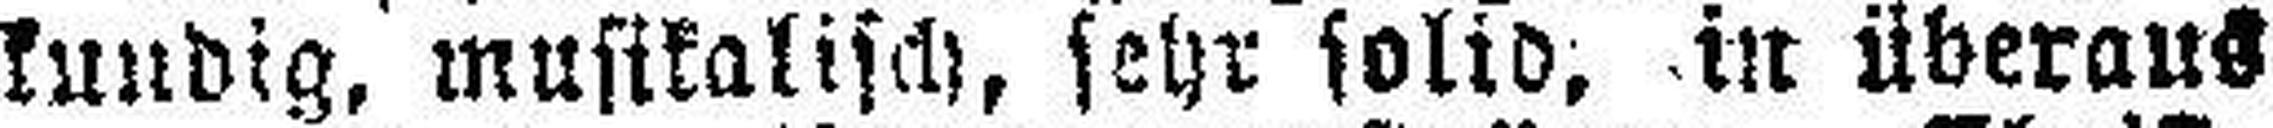
kundig, musikalisch, sehr solid, in überaus